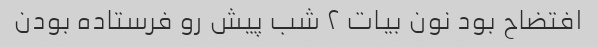
افتضاح بود نون بیات ٢ شب پیش رو فرستاده بودن